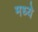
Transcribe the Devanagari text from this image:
मध्येे